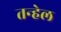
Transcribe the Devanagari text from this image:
तन्हेल